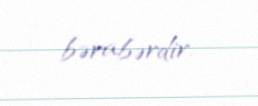
bərabərdir.